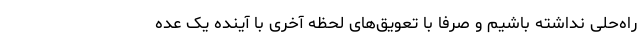
راه‌حلی نداشته باشیم و صرفاً با تعویق‌های لحظه آخری با آینده یک عده